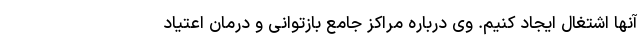
آنها اشتغال ایجاد کنیم. وی درباره مراکز جامع بازتوانی و درمان اعتیاد